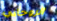
الروحاني